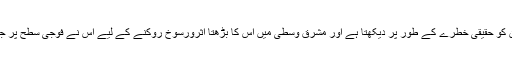
اسرائیل ایران کو حقیقی خطرے کے طور پر دیکھتا ہے اور مشرق وسطیٰ میں اس کا بڑھتا اثرورسوخ روکنے کے لیے اس نے فوجی سطح پر جواب دیا ہے۔